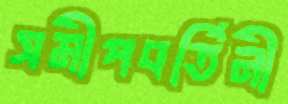
সমীপবর্তিনী